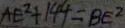
A E ^ { 2 } + 1 4 4 = B E ^ { 2 }